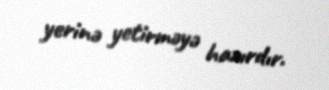
yerinə yetirməyə hazırdır.